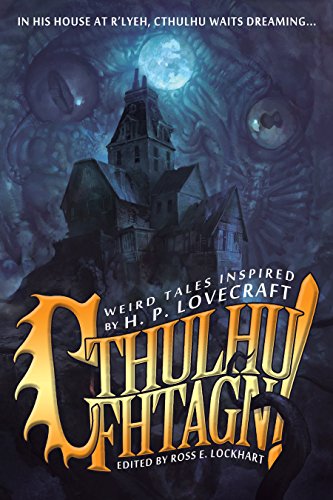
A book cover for Cthulhu Fhtagn!; Science Fiction & Fantasy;